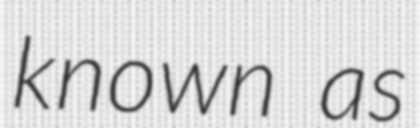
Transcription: known as